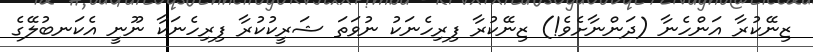
ޒިނޭކުރާ އަންހެނާ (ދަންނާށެވެ!) ޒިނޭކުރާ ފިރިހެނަކު ނުވަތަ ޝަރީކުކުރާ ފިރިހެނަކާ ނޫނީ އެކަނބުލޭގެ